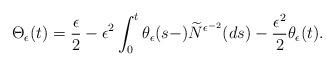
LaTeX: \begin{align*}\Theta_{\epsilon}(t)=\frac{\epsilon}{2}-\epsilon^{2}\int^t_0 \theta_{\epsilon}(s-)\widetilde{N}^{\epsilon^{-2}}(ds)-\frac{\epsilon^{2}}{2}\theta_{\epsilon}(t).\end{align*}